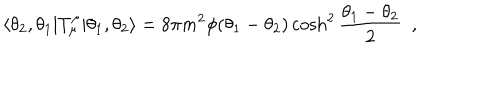
\langle \theta _ { 2 } , \theta _ { 1 } | T _ { \mu } ^ { \mu } | \theta _ { 1 } , \theta _ { 2 } \rangle = 8 \pi m ^ { 2 } \phi ( \theta _ { 1 } - \theta _ { 2 } ) \cosh ^ { 2 } \frac { \theta _ { 1 } - \theta _ { 2 } } { 2 } \, \, \, ,